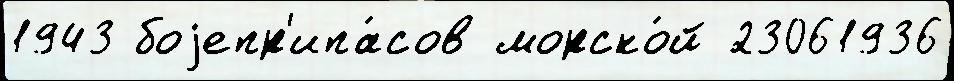
1943 боjепр'ипа́сов морско́й 23061936